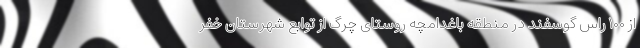
از ۱۰۰ راس گوسفند در منطقه باغدامچه روستای چرگ از توابع شهرستان خفر